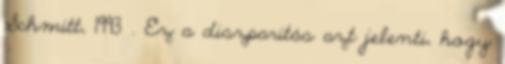
Schmitt, 1993 . Ez a diszparitás azt jelenti, hogy